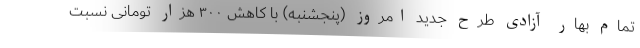
تمام بهار آزادی طرح جدید امروز (پنجشنبه) با کاهش ۳۰۰ هزار تومانی نسبت